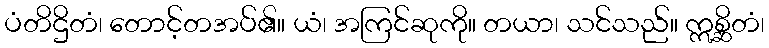
ပံတိဌိတံ၊ တောင့်တအပ်၏။ ယံ၊ အကြင်ဆုကို။ တယာ၊ သင်သည်။ ဣစ္ဆိတံ၊